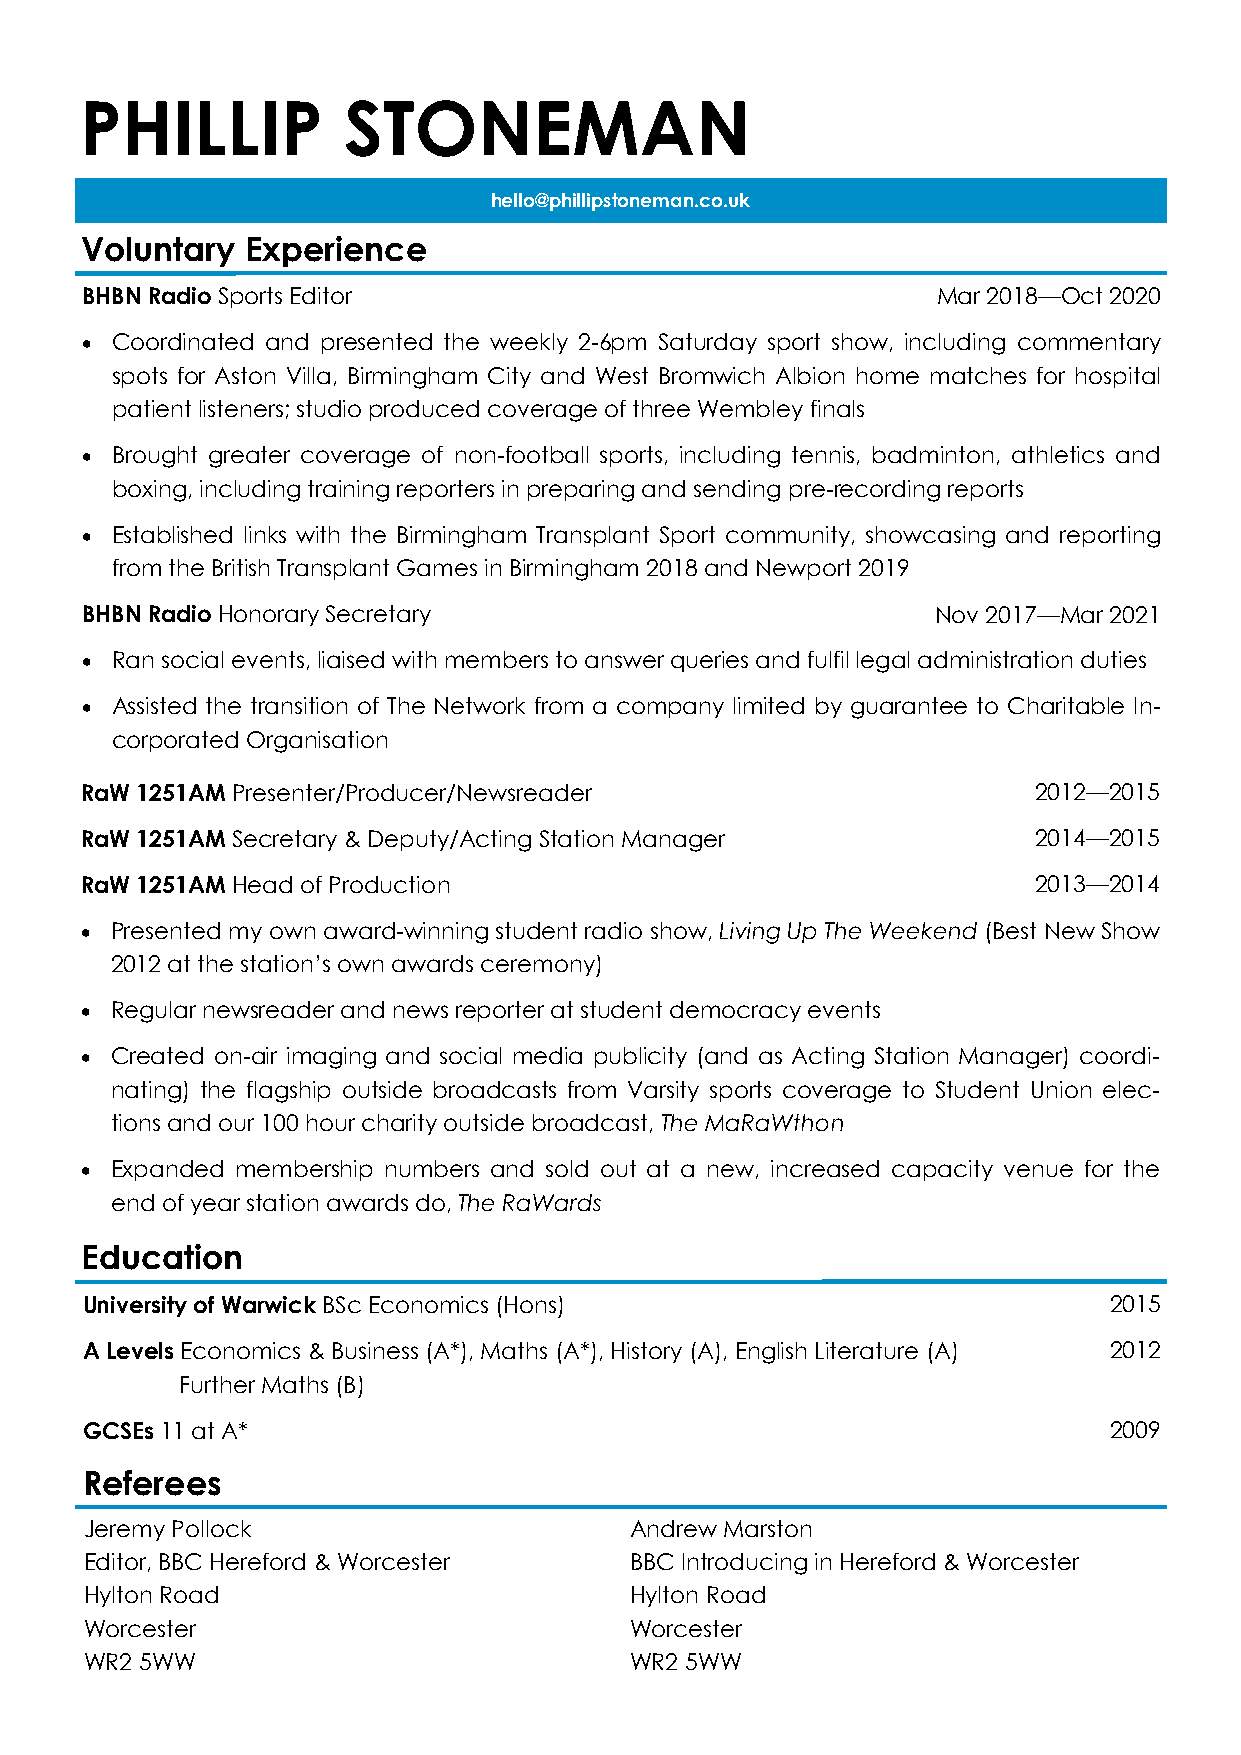
PHILLIP           STONEMAN
 hello@phillipstoneman.co.uk
 Voluntary  Experience
 BHBN Radio Sports Editor                                 Mar 2018—Oct 2020
 • Coordinated and presented the weekly 2-6pm Saturday sport show, including commentary
 spots for Aston Villa, Birmingham City and West Bromwich Albion home matches for hospital
 patient listeners; studio produced coverage of three Wembley finals
 • Brought greater coverage of non-football sports, including tennis, badminton, athletics and
 boxing, including training reporters in preparing and sending pre-recording reports
 • Established links with the Birmingham Transplant Sport community, showcasing and reporting
 from the British Transplant Games in Birmingham 2018 and Newport 2019
 BHBN Radio Honorary Secretary                            Nov 2017—Mar 2021
 • Ran social events, liaised with members to answer queries and fulfil legal administration duties
 • Assisted the transition of The Network from a company limited by guarantee to Charitable In-
 corporated Organisation
 RaW 1251AM Presenter/Producer/Newsreader                       2012—2015
 RaW 1251AM Secretary & Deputy/Acting Station Manager           2014—2015
 RaW 1251AM Head of Production                                  2013—2014
 • Presented my own award-winning student radio show, Living Up The Weekend (Best New Show
 2012 at the station’s own awards ceremony)
 • Regular newsreader and news reporter at student democracy events
 • Created on-air imaging and social media publicity (and as Acting Station Manager) coordi-
 nating) the flagship outside broadcasts from Varsity sports coverage to Student Union elec-
 tions and our 100 hour charity outside broadcast, The MaRaWthon
 • Expanded membership numbers and sold out at a new, increased capacity venue for the
 end of year station awards do, The RaWards
 Education
 University of Warwick BSc Economics (Hons)                          2015
 A Levels Economics & Business (A*), Maths (A*), History (A), English Literature (A) 2012
 Further Maths (B)
 GCSEs 11 at A*                                                      2009
 Referees
 Jeremy Pollock                      Andrew Marston
 Editor, BBC Hereford & Worcester    BBC Introducing in Hereford & Worcester
 Hylton Road                         Hylton Road
 Worcester                           Worcester
 WR2 5WW                             WR2 5WW